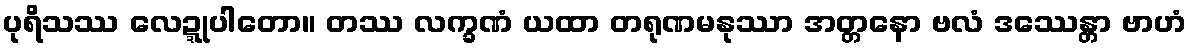
ပုရိသဿ လေဍ္ဍုပါတော။ တဿ လက္ခဏံ ယထာ တရုဏမနုဿာ အတ္တနော ဗလံ ဒဿေန္တာ ဗာဟံ